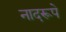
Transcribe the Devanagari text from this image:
नादरूपे